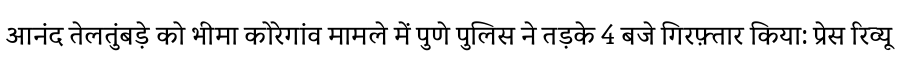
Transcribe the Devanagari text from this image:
आनंद तेलतुंबड़े को भीमा कोरेगांव मामले में पुणे पुलिस ने तड़के 4 बजे गिरफ़्तार किया: प्रेस रिव्यू